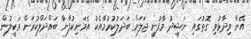
އޭނާ ވިދާޅުވި ގޮތުގައި ނަޝީދު މާފުށީ ޖަލަށް ބަދަލުކުރުމާއެކު އެމަނިކުފާނާ ބައްދަލްކުރަން ވަކީލުން